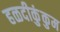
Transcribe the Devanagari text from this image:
हळदीकुंकुम